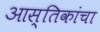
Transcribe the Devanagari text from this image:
आस्तिकांचा